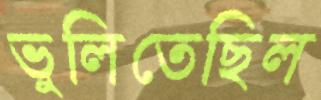
ভুলিতেছিল